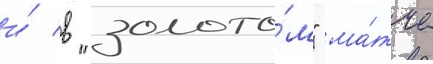
и́ в "золото́м" ма́тче